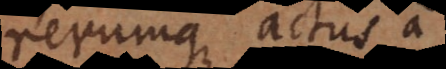
rerumque actus a